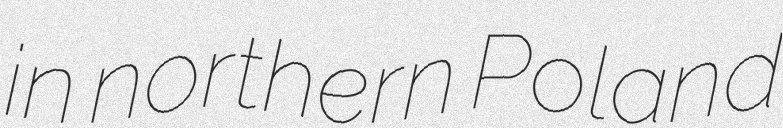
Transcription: in northern Poland